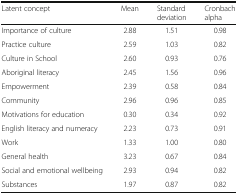
| Latent concept | Mean | Standard deviation | Cronbach alpha |
 | --- | --- | --- | --- |
 | Importance of culture | 2.88 | 1.51 | 0.98 |
 | Practice culture | 2.59 | 1.03 | 0.82 |
 | Culture in School | 2.60 | 0.93 | 0.76 |
 | Aboriginal literacy | 2.45 | 1.56 | 0.96 |
 | Empowerment | 2.39 | 0.58 | 0.84 |
 | Community | 2.96 | 0.96 | 0.85 |
 | Motivations for education | 0.30 | 0.34 | 0.92 |
 | English literacy and numeracy | 2.23 | 0.73 | 0.91 |
 | Work | 1.33 | 1.00 | 0.80 |
 | General health | 3.23 | 0.67 | 0.84 |
 | Social and emotional wellbeing | 2.93 | 0.94 | 0.82 |
 | Substances | 1.97 | 0.87 | 0.82 |